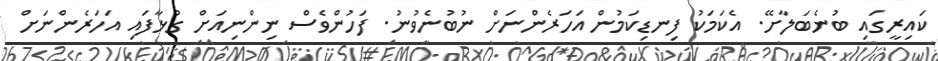
ކައިރީގައި ބުނެބަލާށޭ. އެކަމަކު ފިނޑިކަމުން އަހަރެންނަށް ނުބުނެވުނު. ފަހުންވެސް ނިންނިއަށް ގުޅާފައި އަހަރެންނަށް